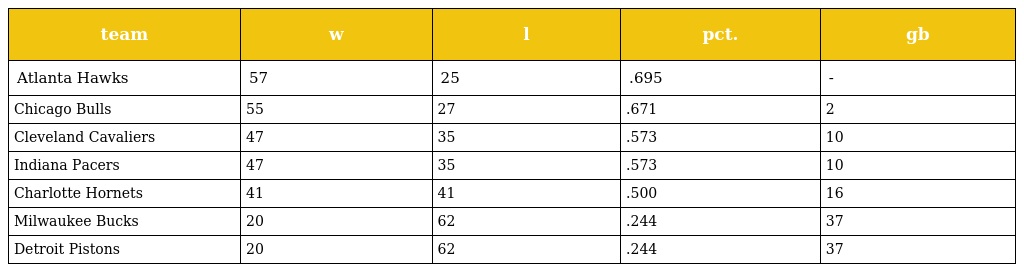
| team | w | l | pct. | gb |
 | --- | --- | --- | --- | --- |
 | Atlanta Hawks | 57 | 25 | .695 | - |
 | Chicago Bulls | 55 | 27 | .671 | 2 |
 | Cleveland Cavaliers | 47 | 35 | .573 | 10 |
 | Indiana Pacers | 47 | 35 | .573 | 10 |
 | Charlotte Hornets | 41 | 41 | .500 | 16 |
 | Milwaukee Bucks | 20 | 62 | .244 | 37 |
 | Detroit Pistons | 20 | 62 | .244 | 37 |